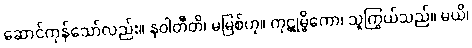
ဆောင်ကုန်သော်လည်း။ နဝါတီတိ၊ မမြစ်ဟု။ ကုဋုမ္ဗိကော၊ သူကြွယ်သည်။ မယိ၊